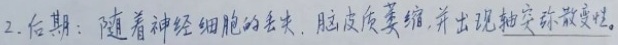
2. 后期：随着神经细胞的丢失，脑皮质萎缩，并出现轴突弥散变性。